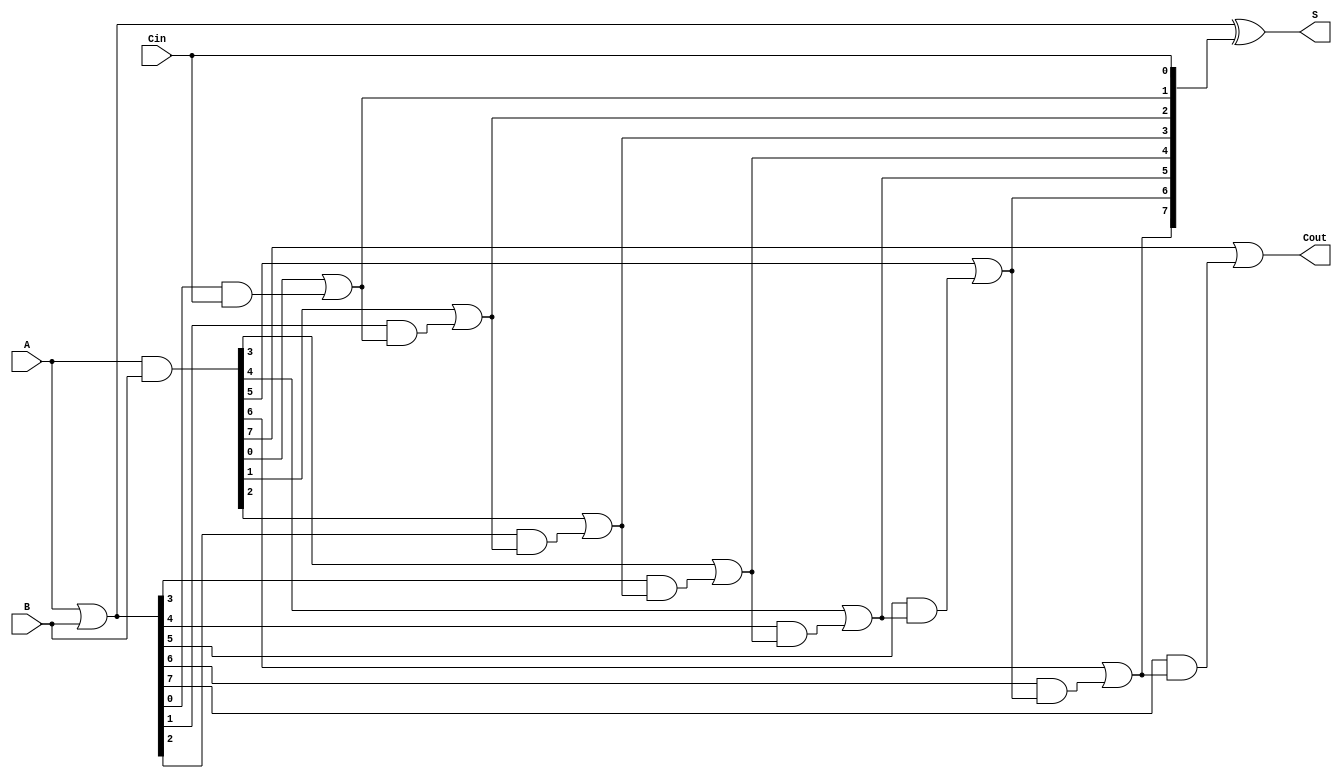
module variable_latency_carry_lookahead_adder #(
    parameter N = 8 // Default size (can be changed as needed)
)(
    input  wire [N-1:0] A,        // First operand
    input  wire [N-1:0] B,        // Second operand
    input  wire Cin,               // Input carry
    output wire [N-1:0] S,        // Sum output
    output wire Cout               // Carry out
);
    // Intermediate signals for generate and propagate
    wire [N-1:0] G; // Generate signals
    wire [N-1:0] P; // Propagate signals
    wire [N:0] C;   // Carry signals, C[N] is Cout

    // Generate and Propagate calculations
    assign G = A & B;          // Generate signal
    assign P = A | B;          // Propagate signal

    // Carry lookahead logic
    assign C[0] = Cin; // Initial carry input

    genvar i;
    generate
        for (i = 1; i <= N; i = i + 1) begin : carry_logic
            assign C[i] = G[i-1] | (P[i-1] & C[i-1]);
        end
    endgenerate

    // Sum calculation
    assign S = P ^ C[N-1:0]; // Sum output calculation
    assign Cout = C[N];      // Final carry out

endmodule